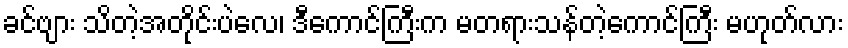
ခင်ဗျား သိတဲ့အတိုင်းပဲလေ၊ ဒီကောင်ကြီးက မတရားသန်တဲ့ကောင်ကြီး မဟုတ်လား